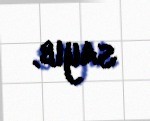
sayıb.